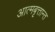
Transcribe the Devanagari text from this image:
आत्मबृत्तान्त